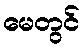
မေတွင်